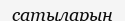
сатыларын